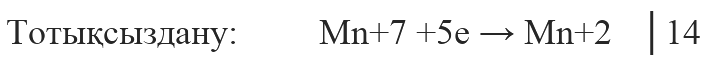
Тотықсыздану:         Mn+7 +5e → Mn+2   │14